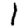
Digit: 1